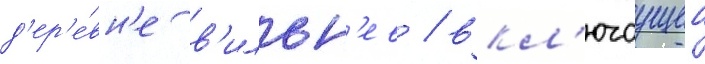
д'ер'е́вн'е в'ильн'ев / вкл'ючаущеи